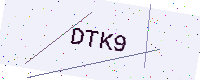
Text: DTK9